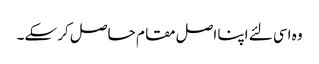
وہ اسی لئے اپنا اصل مقا م حاصل کر سکے۔